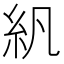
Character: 𬗄